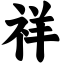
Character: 祥